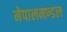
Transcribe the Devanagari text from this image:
नेपालमण्डल